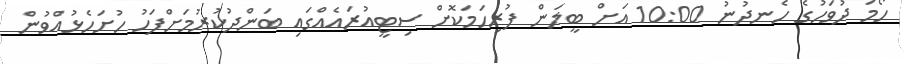
ހޯމަ ދުވަހުގެ ހެނދުނު 10:00 އަށް ބީލަން ފުރިހަމަކޮށް ސިޓީއުރައެއްގައި ބަންދުކުރުމަށްފަހު ހުށަހެޅުއްވުން